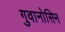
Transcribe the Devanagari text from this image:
गुवानोसिन